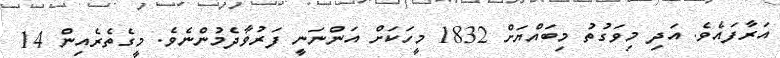
އަރާފައެވެ. އަދި މިވަގުތު މިބައްޔަށް 1832 މީހަކަށް އަންނަނީ ފަރުވާދެމުންނެވެ. މީގެތެރެއިން 14